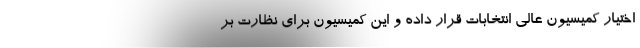
اختیار کمیسیون عالی انتخابات قرار داده و این کمیسیون برای نظارت بر